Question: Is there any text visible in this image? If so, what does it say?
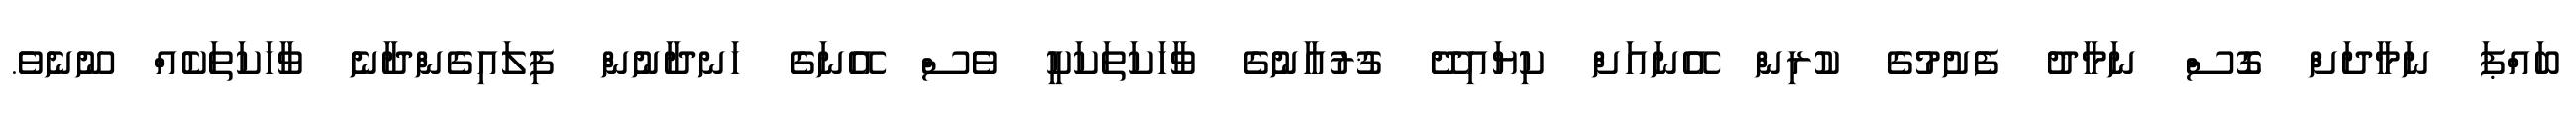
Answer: ބައްޕަ ނަމާދަށް ގޮސް ނަމާދު ފެށުމުގެ ކުރިން އޭނައަށް ކިޔައިދޭ ޤުރުއާނުގެ ވާހަކަތަކަކީ ވެސް އޭނަގެ ހަނދާނުން ފިލައިގެންދާނެ ވާހަކަތަކެއް ނޫނެވެ.